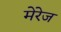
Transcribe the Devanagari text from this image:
मेरेज